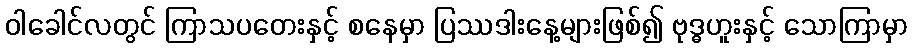
ဝါခေါင်လတွင် ကြာသပတေးနှင့် စနေမှာ ပြဿဒါးနေ့များဖြစ်၍ ဗုဒ္ဓဟူးနှင့် သောကြာမှာ